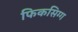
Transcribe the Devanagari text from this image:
फिकसिग्ग